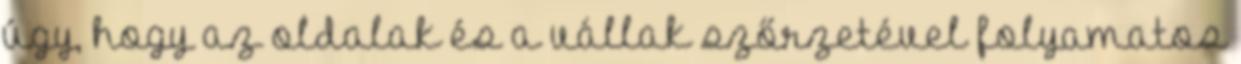
úgy, hogy az oldalak és a vállak szőrzetével folyamatos